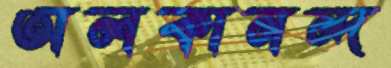
অলকানন্দ